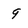
Character: 9